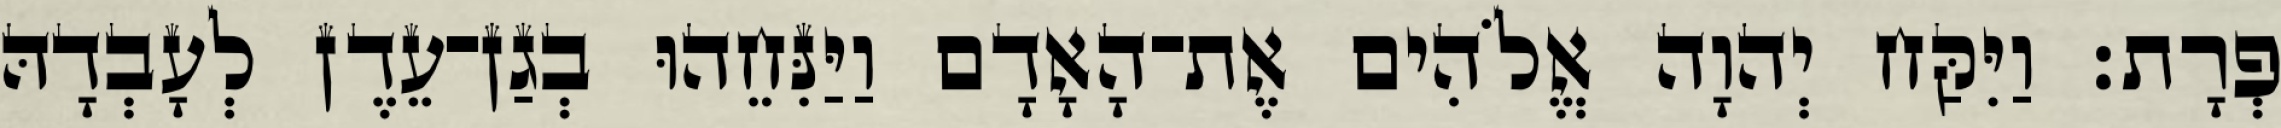
פְרָת׃ וַיִּקַּח יְהוָה אֱלֹהִים אֶת־הָאָדָם וַיַּנִּחֵהוּ בְגַן־עֵדֶן לְעָבְדָהּ